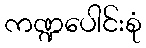
ကဏ္ဍပေါင်းစုံ